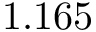
1 . 1 6 5